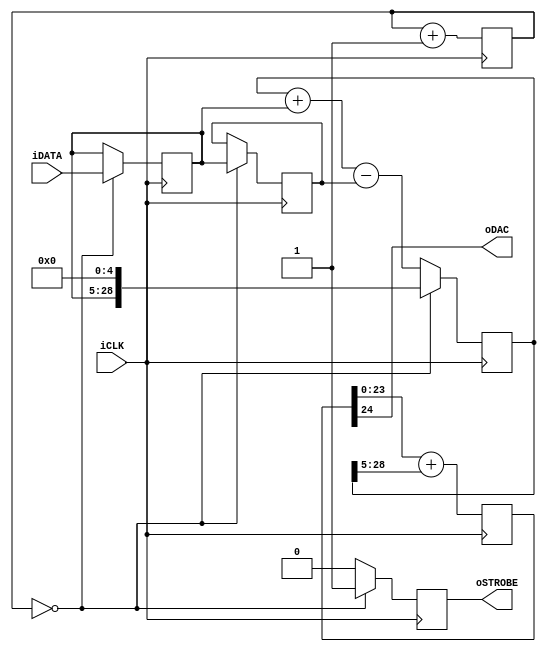
/*
* Copyright 2018 ARDUINO SA (http://www.arduino.cc/)
* This file is part of Vidor IP.
* Copyright (c) 2018
*
* This software is released under:
* The GNU General Public License, which covers the main part of 
* Vidor IP
* The terms of this license can be found at:
* https://www.gnu.org/licenses/gpl-3.0.en.html
*
* You can be released from the requirements of the above licenses by purchasing
* a commercial license. Buying such a license is mandatory if you want to modify or
* otherwise use the software for commercial activities involving the Arduino
* software without disclosing the source code of your own applications. To purchase
* a commercial license, send an email to license@arduino.cc.
*
*/

module SD_MODULATOR #(
  parameter pBITS=24,
  parameter pINTERP_BITS =5
) 
(
  input             iCLK,
  input [pBITS-1:0] iDATA,
  output reg        oSTROBE,
  output            oDAC
);

reg [pBITS-1:0]              rDATA,
                             rDDATA;
reg [pBITS+pINTERP_BITS-1:0] rINT_DATA;
reg [pINTERP_BITS-1:0]       rCNT;
reg [pBITS:0]                rACC;

assign oDAC = rACC[pBITS];

always @(posedge iCLK)
begin

  rCNT<=rCNT+1;
  oSTROBE<=0;
  // perform linear interpolation between samples
  if (rCNT==0) begin
    oSTROBE<=1;
    rDATA  <= iDATA;
    rDDATA <= rDATA;
    rINT_DATA<={rDATA,{pINTERP_BITS{1'b0}} };
  end else begin
    rINT_DATA<=rINT_DATA+{{pINTERP_BITS{1'b0}},rDATA}-{{pINTERP_BITS{1'b0}},rDDATA};
  end

  rACC <= {1'b0,rACC[pBITS-1:0]}+rINT_DATA[pBITS+pINTERP_BITS-1:pINTERP_BITS];

end

endmodule